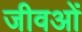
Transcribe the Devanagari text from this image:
जीवओं